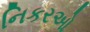
નિકરઓ